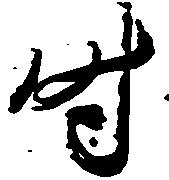
時